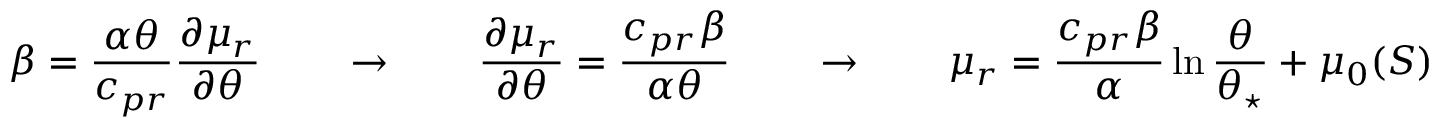
\beta = \frac { \alpha \theta } { c _ { p r } } \frac { \partial \mu _ { r } } { \partial \theta } \qquad \rightarrow \qquad \frac { \partial \mu _ { r } } { \partial \theta } = \frac { c _ { p r } \beta } { \alpha \theta } \qquad \rightarrow \qquad \mu _ { r } = \frac { c _ { p r } \beta } { \alpha } \ln { \frac { \theta } { \theta _ { \star } } } + \mu _ { 0 } ( S )